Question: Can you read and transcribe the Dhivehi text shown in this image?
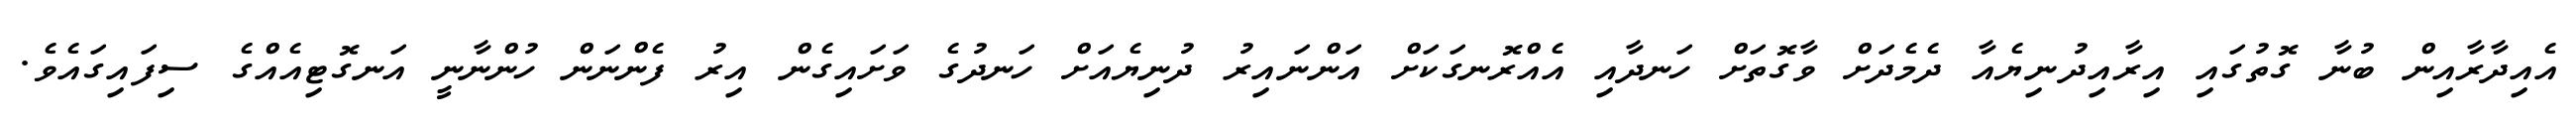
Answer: އެއިދާރާއިން ބުނާ ގޮތުގައި އިރާއިދުނިޔެއާ ދެމެދަށް ވާގޮތަށް ހަނދާއި އެއްރޮނގަކަށް އަންނައިރު ދުނިޔެއަށް ހަނދުގެ ވަށައިގެން އިރު ފެންނަން ހުންނާނީ އަނގޮޓިއެއްގެ ސިފައިގައެވެ.